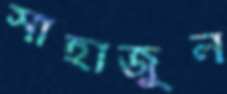
সাহাজুল